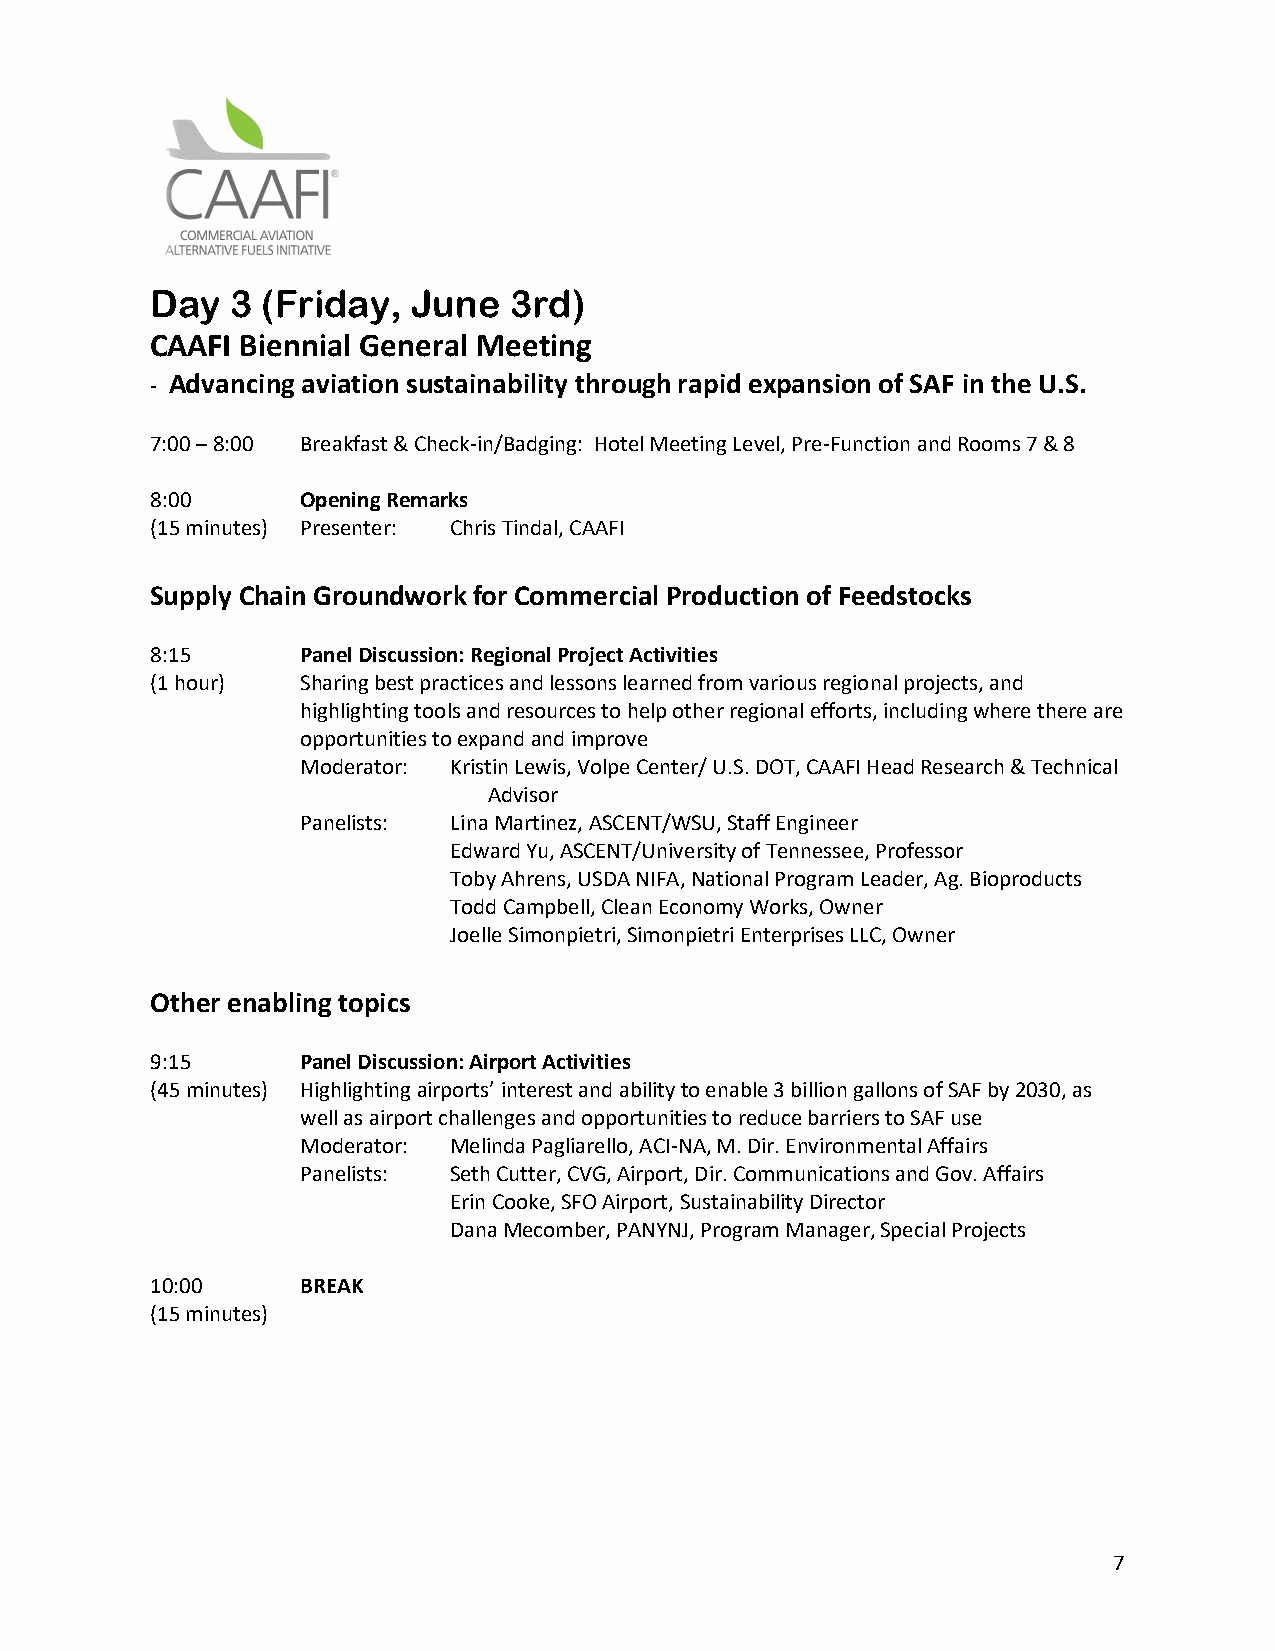
Day  3 (Friday,  June   3rd)
 CAAFI Biennial General Meeting
 - Advancing aviation sustainability through rapid expansion of SAF in the U.S.
 7:00 – 8:00 Breakfast & Check-in/Badging: Hotel Meeting Level, Pre-Function and Rooms 7 & 8
 8:00      Opening Remarks
 (15 minutes) Presenter: Chris Tindal, CAAFI
 Supply Chain Groundwork for Commercial Production of Feedstocks
 8:15      Panel Discussion: Regional Project Activities
 (1 hour)  Sharing best practices and lessons learned from various regional projects, and
 highlighting tools and resources to help other regional efforts, including where there are
 opportunities to expand and improve
 Moderator: Kristin Lewis, Volpe Center/ U.S. DOT, CAAFI Head Research & Technical
 Advisor
 Panelists: Lina Martinez, ASCENT/WSU, Staff Engineer
 Edward Yu, ASCENT/University of Tennessee, Professor
 Toby Ahrens, USDA NIFA, National Program Leader, Ag. Bioproducts
 Todd Campbell, Clean Economy Works, Owner
 Joelle Simonpietri, Simonpietri Enterprises LLC, Owner
 Other enabling topics
 9:15      Panel Discussion: Airport Activities
 (45 minutes) Highlighting airports’ interest and ability to enable 3 billion gallons of SAF by 2030, as
 well as airport challenges and opportunities to reduce barriers to SAF use
 Moderator: Melinda Pagliarello, ACI-NA, M. Dir. Environmental Affairs
 Panelists: Seth Cutter, CVG, Airport, Dir. Communications and Gov. Affairs
 Erin Cooke, SFO Airport, Sustainability Director
 Dana Mecomber, PANYNJ, Program Manager, Special Projects
 10:00     BREAK
 (15 minutes)
 7